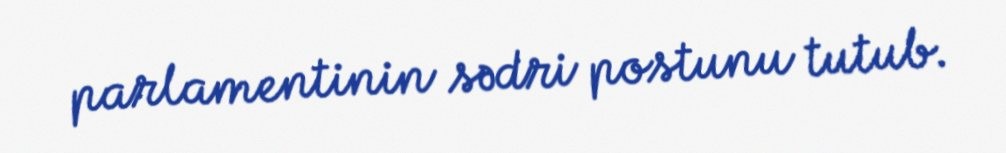
parlamentinin sədri postunu tutub.